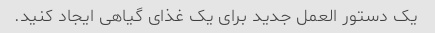
یک دستور العمل جدید برای یک غذای گیاهی ایجاد کنید.